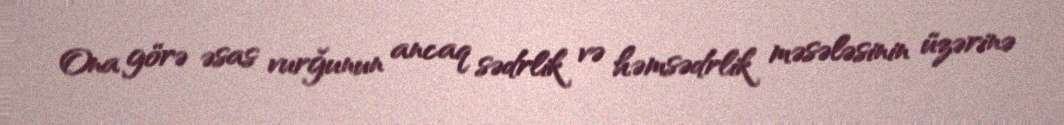
Ona görə əsas vurğunun ancaq sədrlik və həmsədrlik məsələsinin üzərinə